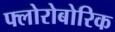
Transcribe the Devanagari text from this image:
फ्लोरोबोरिक